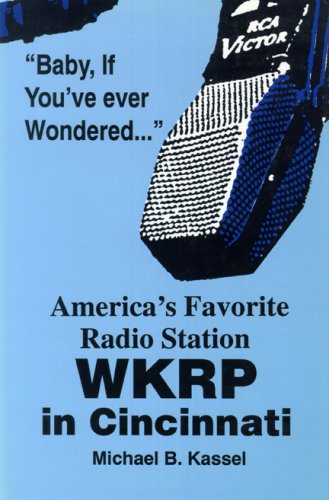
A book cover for America's Favorite Radio Station: WKRP in Cincinnati; Michael B. Kassel; Humor & Entertainment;